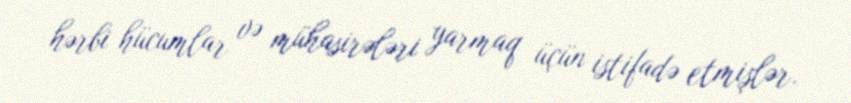
hərbi hücumlar və mühasirələri yarmaq üçün istifadə etmişlər.